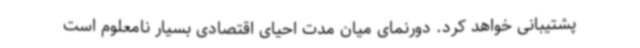
پشتیبانی خواهد کرد. دورنمای میان مدت احیای اقتصادی بسیار نامعلوم است